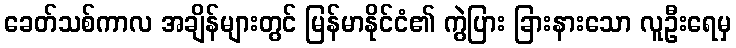
ခေတ်သစ်ကာလ အချိန်များတွင် မြန်မာနိုင်ငံ၏ ကွဲပြား ခြားနားသော လူဦးရေမှ